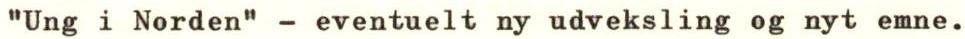
"Ung i Norden" - eventuelt ny udveksling og nyt emne.